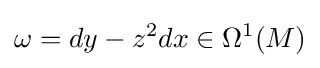
\omega =dy-z^{2}dx\in \Omega ^{1}(M)